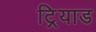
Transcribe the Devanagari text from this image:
ट्रियाड